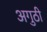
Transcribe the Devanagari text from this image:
अगुठी